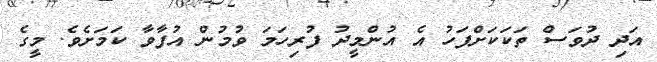
އަދި ދުވަސް ތަކަކަށްފަހު އެ އުންމީދު ފުރިހަމަ ވުމުން އުފާވާ ކަމަށެވެ. މީގެ